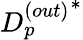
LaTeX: {D_{p}^{(out)}}^{*}